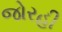
જોરહી